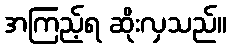
အကြည့်ရ ဆိုးလှသည်။